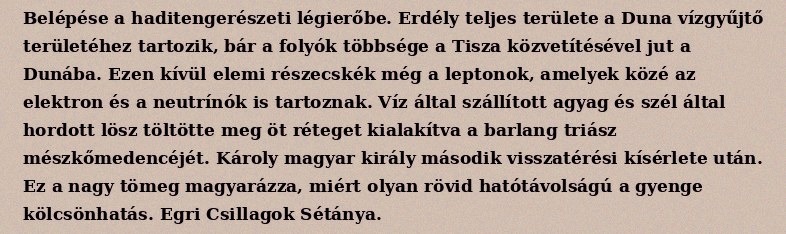
Belépése a haditengerészeti légierőbe. Erdély teljes területe a Duna vízgyűjtő területéhez tartozik, bár a folyók többsége a Tisza közvetítésével jut a Dunába. Ezen kívül elemi részecskék még a leptonok, amelyek közé az elektron és a neutrínók is tartoznak. Víz által szállított agyag és szél által hordott lösz töltötte meg öt réteget kialakítva a barlang triász mészkőmedencéjét. Károly magyar király második visszatérési kísérlete után. Ez a nagy tömeg magyarázza, miért olyan rövid hatótávolságú a gyenge kölcsönhatás. Egri Csillagok Sétánya.